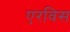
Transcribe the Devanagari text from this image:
एरविस